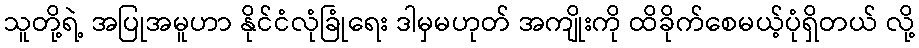
သူတို့ရဲ့ အပြုအမူဟာ နိုင်ငံလုံခြုံရေး ဒါမှမဟုတ် အကျိုးကို ထိခိုက်စေမယ့်ပုံရှိတယ် လို့